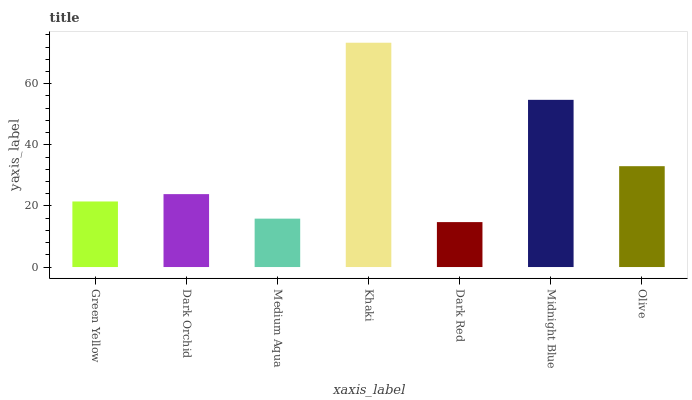
| xaxis_label | bars |
 | --- | --- |
 | Green Yellow | 21.5 |
 | Dark Orchid | 23.9 |
 | Medium Aqua | 15.8 |
 | Khaki | 73.4 |
 | Dark Red | 14.7 |
 | Midnight Blue | 54.7 |
 | Olive | 33 |